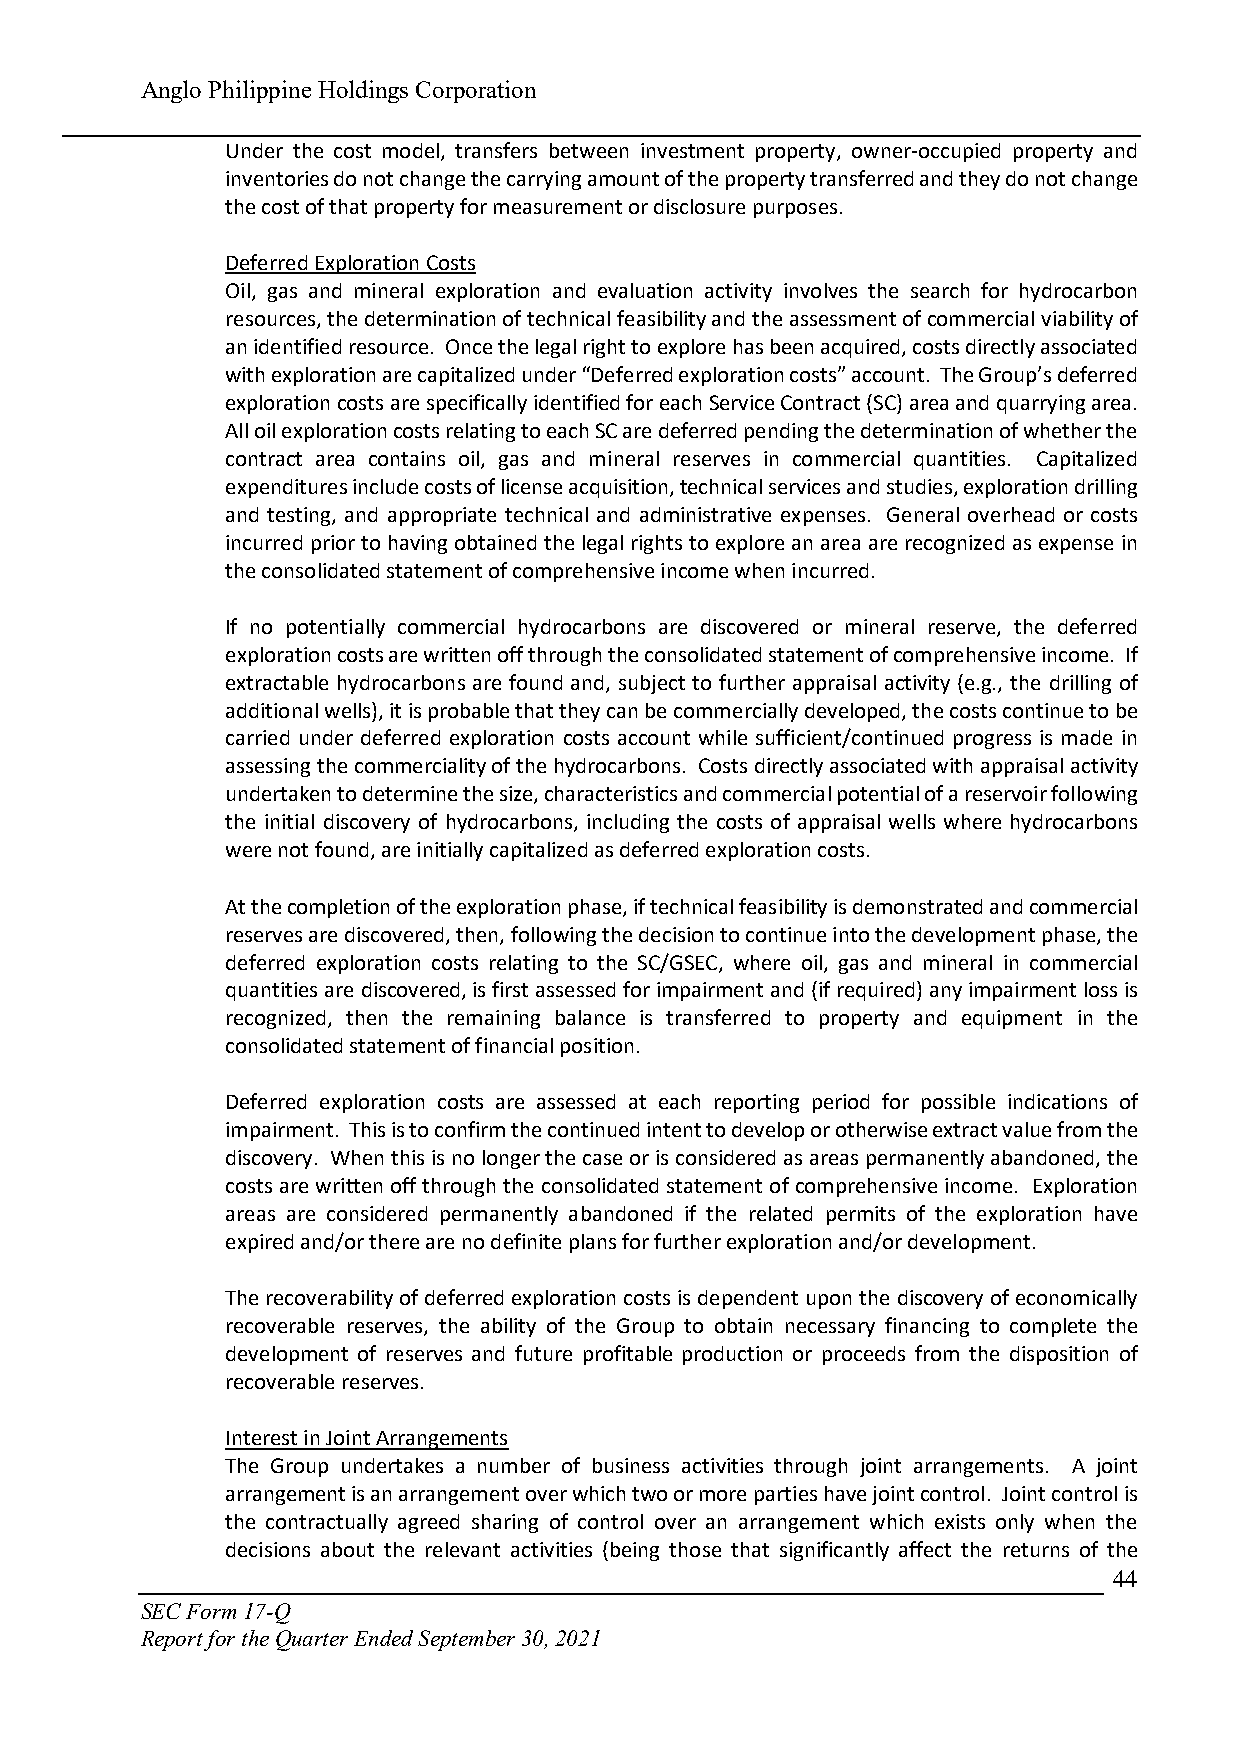
Anglo Philippine Holdings Corporation
 Under the cost model, transfers between investment property, owner-occupied property and
 inventories do not change the carrying amount of the property transferred and they do not change
 the cost of that property for measurement or disclosure purposes.
 Deferred Exploration Costs
 Oil, gas and mineral exploration and evaluation activity involves the search for hydrocarbon
 resources, the determination of technical feasibility and the assessment of commercial viability of
 an identified resource. Once the legal right to explore has been acquired, costs directly associated
 with exploration are capitalized under “Deferred exploration costs” account. The Group’s deferred
 exploration costs are specifically identified for each Service Contract (SC) area and quarrying area.
 All oil exploration costs relating to each SC are deferred pending the determination of whether the
 contract area contains oil, gas and mineral reserves in commercial quantities. Capitalized
 expenditures include costs of license acquisition, technical services and studies, exploration drilling
 and testing, and appropriate technical and administrative expenses. General overhead or costs
 incurred prior to having obtained the legal rights to explore an area are recognized as expense in
 the consolidated statement of comprehensive income when incurred.
 If no potentially commercial hydrocarbons are discovered or mineral reserve, the deferred
 exploration costs are written off through the consolidated statement of comprehensive income. If
 extractable hydrocarbons are found and, subject to further appraisal activity (e.g., the drilling of
 additional wells), it is probable that they can be commercially developed, the costs continue to be
 carried under deferred exploration costs account while sufficient/continued progress is made in
 assessing the commerciality of the hydrocarbons. Costs directly associated with appraisal activity
 undertaken to determine the size, characteristics and commercial potential of a reservoir following
 the initial discovery of hydrocarbons, including the costs of appraisal wells where hydrocarbons
 were not found, are initially capitalized as deferred exploration costs.
 At the completion of the exploration phase, if technical feasibility is demonstrated and commercial
 reserves are discovered, then, following the decision to continue into the development phase, the
 deferred exploration costs relating to the SC/GSEC, where oil, gas and mineral in commercial
 quantities are discovered, is first assessed for impairment and (if required) any impairment loss is
 recognized, then the remaining balance is transferred to property and equipment in the
 consolidated statement of financial position.
 Deferred exploration costs are assessed at each reporting period for possible indications of
 impairment. This is to confirm the continued intent to develop or otherwise extract value from the
 discovery. When this is no longer the case or is considered as areas permanently abandoned, the
 costs are written off through the consolidated statement of comprehensive income. Exploration
 areas are considered permanently abandoned if the related permits of the exploration have
 expired and/or there are no definite plans for further exploration and/or development.
 The recoverability of deferred exploration costs is dependent upon the discovery of economically
 recoverable reserves, the ability of the Group to obtain necessary financing to complete the
 development of reserves and future profitable production or proceeds from the disposition of
 recoverable reserves.
 Interest in Joint Arrangements
 The Group undertakes a number of business activities through joint arrangements. A joint
 arrangement is an arrangement over which two or more parties have joint control. Joint control is
 the contractually agreed sharing of control over an arrangement which exists only when the
 decisions about the relevant activities (being those that significantly affect the returns of the
 44
 SEC Form 17-Q
 Report for the Quarter Ended September 30, 2021